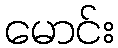
မောင်း